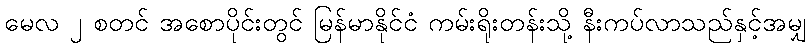
မေလ ၂ စတင် အစောပိုင်းတွင် မြန်မာနိုင်ငံ ကမ်းရိုးတန်းသို့ နီးကပ်လာသည်နှင့်အမျှ